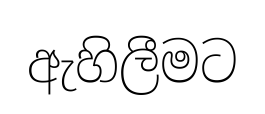
ඇහිලීමට